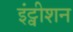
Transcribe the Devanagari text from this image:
इंट्वीशन